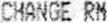
CHANGE RM